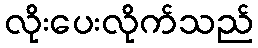
လိုးပေးလိုက်သည်